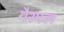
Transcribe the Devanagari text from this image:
गैस्पल